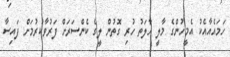
ހަމައެއާއެކު އެމީހުންގެ މާލީ ހާލަތު ހުރި ގޮތުން ލީގެ ކެންސަރަށް ފަރުވާކުރުމަށް ފައިސާ